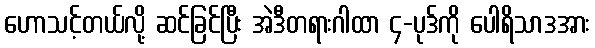
ဟောသင့်တယ်လို့ ဆင်ခြင်ပြီး အဲဒီတရားဂါထာ ၄-ပုဒ်ကို ပေါရိသာဒအား